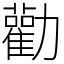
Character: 勸